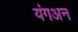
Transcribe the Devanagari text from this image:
यंगअन